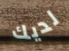
لديك